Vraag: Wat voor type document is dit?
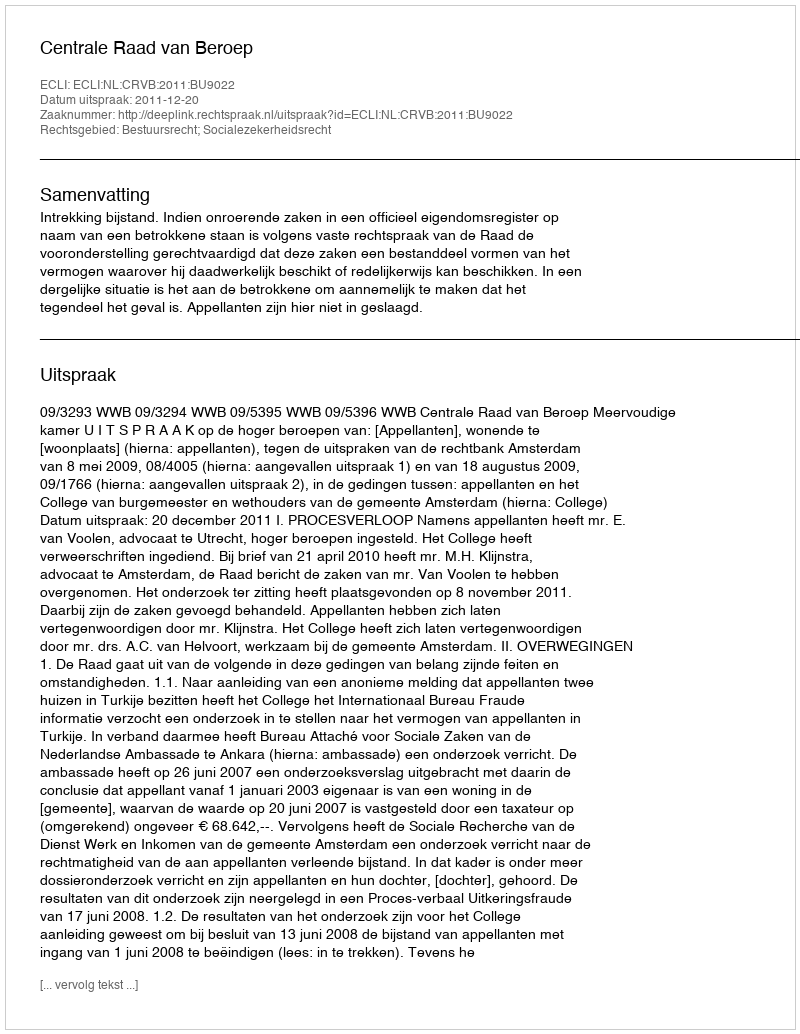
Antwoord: Uitspraak